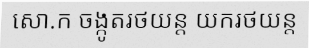
សោ.ក ចង្កូតរថយន្ត យករថយន្ត